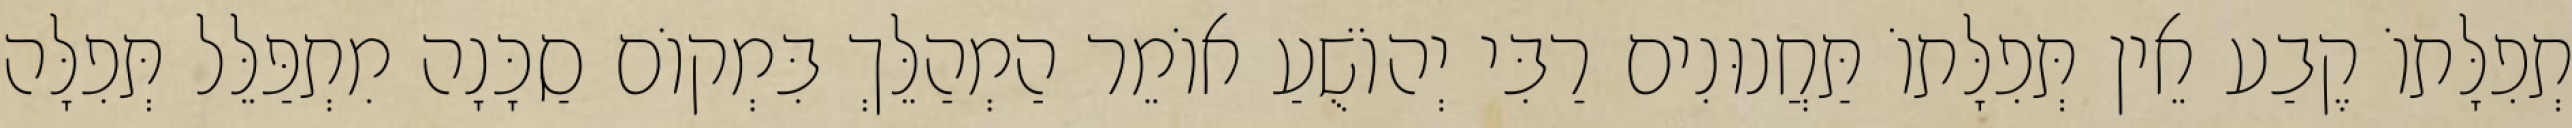
תְפִלָּתוֹ קֶבַע אֵין תְּפִלָּתוֹ תַּחֲנוּנִים רַבִּי יְהוֹשֻׁעַ אוֹמֵר הַמְהַלֵּךְ בִּמְקוֹם סַכָּנָה מִתְפַּלֵּל תְּפִלָּה